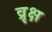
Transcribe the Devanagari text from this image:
व्रृक्ष